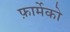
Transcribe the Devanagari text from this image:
फ़ार्मेको